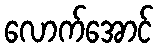
လောက်အောင်